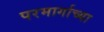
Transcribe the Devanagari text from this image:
परमार्गाच्या